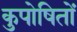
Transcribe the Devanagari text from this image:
कुपोषितों